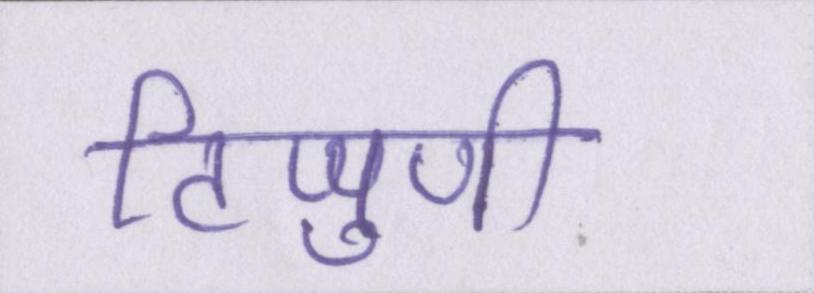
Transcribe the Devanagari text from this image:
टिप्पुणी